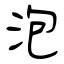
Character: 泡